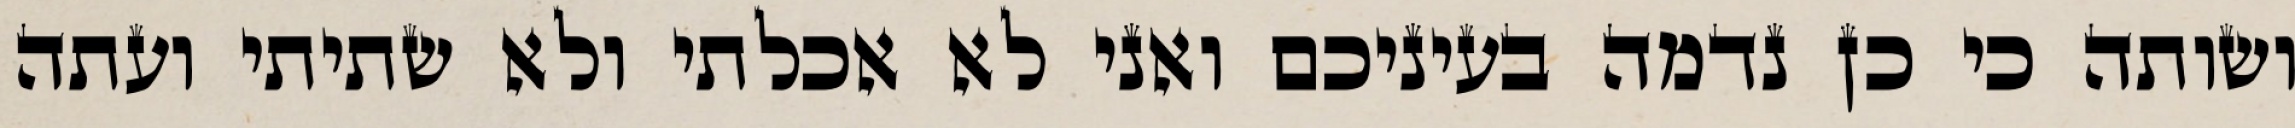
ושותה כי כן נדמה בעיניכם ואני לא אכלתי ולא שתיתי ועתה